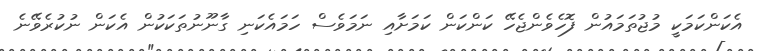
އެކަންކަމަކީ މުޖުތަމައުން ފޮހެވެންޖެހޭ ކަންކަން ކަމަށާއި ނަމަވެސް ހަމައެކަނި ގާނޫނުތަކަކުން އެކަން ނުކުރެވޭނެ